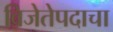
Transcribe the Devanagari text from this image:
विजेतेपदाचा